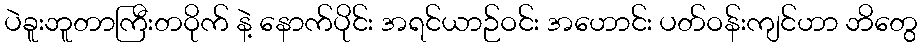
ပဲခူးဘူတာကြီးတဝိုက် နဲ့ နောက်ပိုင်း အရင်ယာဉ်ဝင်း အဟောင်း ပတ်ဝန်းကျင်ဟာ ဘိတွေ